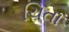
ચિતા